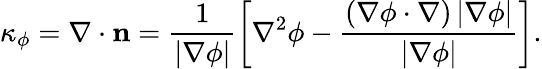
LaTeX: {\kappa_{\phi}}=\nabla\cdot{\mathbf{n}}=\frac{1}{{\left|{\nabla\phi}\right|}}\left[{{\nabla^{2}}\phi-\frac{{\left({\nabla\phi\cdot\nabla}\right)\left|{\nabla\phi}\right|}}{{\left|{\nabla\phi}\right|}}}\right].